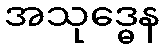
အသုဒ္ဓေန